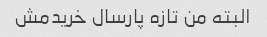
البته من تازه پارسال خریدمش